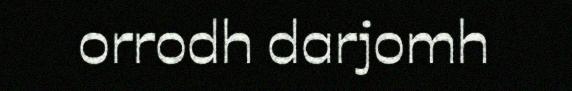
orrodh darjomh